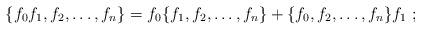
LaTeX: \begin{align*}\{f_0f_1,f_2,\ldots,f_n\} =f_0\{f_1,f_2,\ldots,f_n\}+\{f_0,f_2,\ldots,f_n\}f_1\; ;\end{align*}